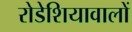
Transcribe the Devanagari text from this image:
रोडेशियावालों